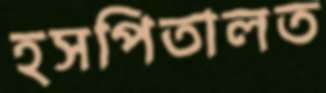
হসপিতালত